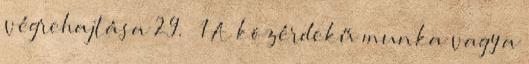
végrehajtása 29. § 1 A közérdekű munka vagy a